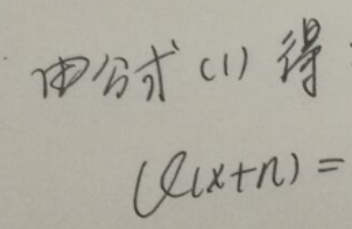
由公式(1)得
\((\alpha x + n)=\)